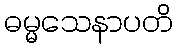
ဓမ္မသေနာပတိ